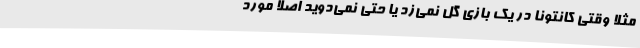
مثلا وقتی کانتونا در یک بازی گل نمی‌زد یا حتی نمی‌دوید اصلا مورد